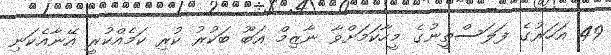
49 އަހަރުގެ ފަލަސްތީނުގެ މީހާކަމަށްވާ ނާޒިމް އަބޫ ބަކުރު ކުރި ކަމެއްކުރީ އޭނާއެކަނި